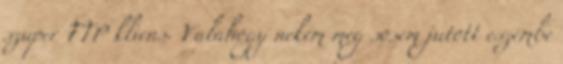
szuper FTP kliens. Valahogy nekem meg sosem jutott eszembe